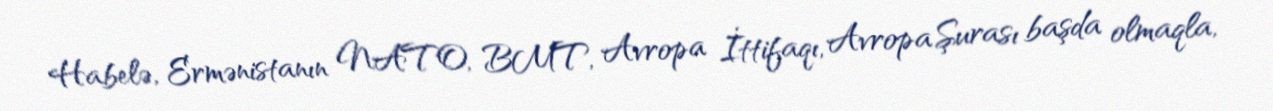
Habelə, Ermənistanın NATO, BMT, Avropa İttifaqı, Avropa Şurası başda olmaqla,